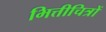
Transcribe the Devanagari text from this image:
भित्तीचित्रों